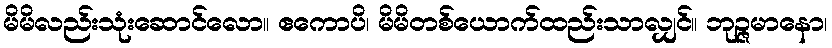
မိမိလည်းသုံးဆောင်လော။ ဧကောပိ၊ မိမိတစ်ယောက်ထည်းသာလျှင်။ ဘုဉ္ဇမာနော၊